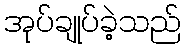
အုပ်ချုပ်ခဲ့သည်